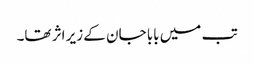
تب میں بابا جان کے زیر اثر تھا۔